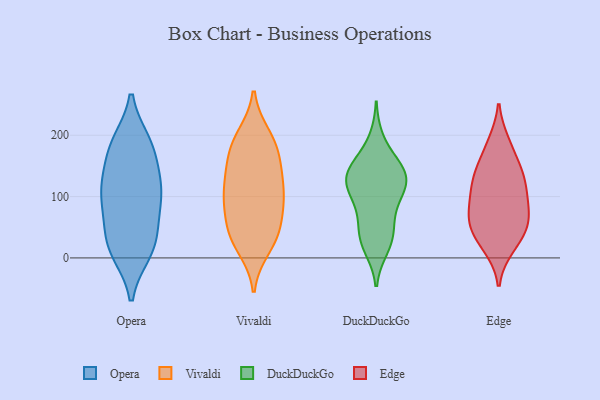
{"axis": {"x": "Bounce Rate (%)", "y": "Value"}, "legend": ["DuckDuckGo", "Edge", "Opera", "Vivaldi"], "data": [{"x": "", "y": 10, "type": "Opera"}, {"x": "", "y": 187, "type": "Opera"}, {"x": "", "y": 111, "type": "Opera"}, {"x": "", "y": 84, "type": "Opera"}, {"x": "", "y": 41, "type": "Opera"}, {"x": "", "y": 119, "type": "Opera"}, {"x": "", "y": 166, "type": "Opera"}, {"x": "", "y": 40, "type": "Opera"}, {"x": "", "y": 109, "type": "Opera"}, {"x": "", "y": 187, "type": "Opera"}, {"x": "", "y": 182, "type": "Opera"}, {"x": "", "y": 124, "type": "Opera"}, {"x": "", "y": 14, "type": "Opera"}, {"x": "", "y": 86, "type": "Opera"}, {"x": "", "y": 13, "type": "Opera"}, {"x": "", "y": 38, "type": "Vivaldi"}, {"x": "", "y": 47, "type": "Vivaldi"}, {"x": "", "y": 192, "type": "Vivaldi"}, {"x": "", "y": 17, "type": "Vivaldi"}, {"x": "", "y": 147, "type": "Vivaldi"}, {"x": "", "y": 135, "type": "Vivaldi"}, {"x": "", "y": 43, "type": "Vivaldi"}, {"x": "", "y": 199, "type": "Vivaldi"}, {"x": "", "y": 186, "type": "Vivaldi"}, {"x": "", "y": 95, "type": "Vivaldi"}, {"x": "", "y": 94, "type": "Vivaldi"}, {"x": "", "y": 173, "type": "Vivaldi"}, {"x": "", "y": 110, "type": "Vivaldi"}, {"x": "", "y": 146, "type": "Vivaldi"}, {"x": "", "y": 29, "type": "Vivaldi"}, {"x": "", "y": 86, "type": "Vivaldi"}, {"x": "", "y": 97, "type": "Vivaldi"}, {"x": "", "y": 33, "type": "DuckDuckGo"}, {"x": "", "y": 45, "type": "DuckDuckGo"}, {"x": "", "y": 121, "type": "DuckDuckGo"}, {"x": "", "y": 66, "type": "DuckDuckGo"}, {"x": "", "y": 17, "type": "DuckDuckGo"}, {"x": "", "y": 133, "type": "DuckDuckGo"}, {"x": "", "y": 115, "type": "DuckDuckGo"}, {"x": "", "y": 152, "type": "DuckDuckGo"}, {"x": "", "y": 26, "type": "DuckDuckGo"}, {"x": "", "y": 147, "type": "DuckDuckGo"}, {"x": "", "y": 192, "type": "DuckDuckGo"}, {"x": "", "y": 122, "type": "DuckDuckGo"}, {"x": "", "y": 132, "type": "DuckDuckGo"}, {"x": "", "y": 147, "type": "DuckDuckGo"}, {"x": "", "y": 86, "type": "DuckDuckGo"}, {"x": "", "y": 103, "type": "DuckDuckGo"}, {"x": "", "y": 188, "type": "Edge"}, {"x": "", "y": 19, "type": "Edge"}, {"x": "", "y": 48, "type": "Edge"}, {"x": "", "y": 64, "type": "Edge"}, {"x": "", "y": 95, "type": "Edge"}, {"x": "", "y": 146, "type": "Edge"}, {"x": "", "y": 49, "type": "Edge"}, {"x": "", "y": 85, "type": "Edge"}, {"x": "", "y": 112, "type": "Edge"}, {"x": "", "y": 17, "type": "Edge"}, {"x": "", "y": 62, "type": "Edge"}, {"x": "", "y": 113, "type": "Edge"}, {"x": "", "y": 140, "type": "Edge"}, {"x": "", "y": 75, "type": "Edge"}, {"x": "", "y": 126, "type": "Edge"}, {"x": "", "y": 144, "type": "Edge"}, {"x": "", "y": 185, "type": "Edge"}, {"x": "", "y": 41, "type": "Edge"}]}